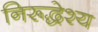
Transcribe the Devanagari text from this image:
निरूद्धेश्य